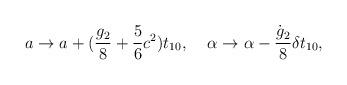
LaTeX: \begin{align*}a \rightarrow a + (\frac{g_2}{8} + \frac{5}{6}c^2)t_{10},\;\;\;\;\alpha \rightarrow \alpha - \frac{\dot{g}_2}{8} \delta t_{10},\end{align*}